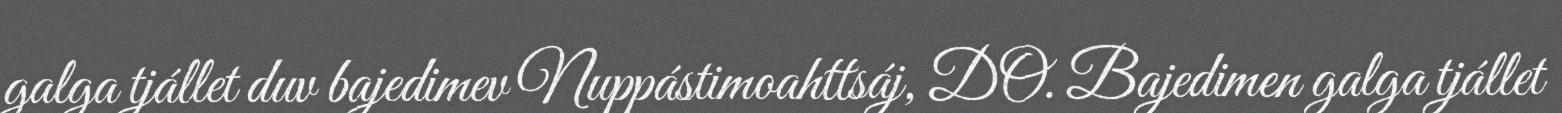
galga tjállet duv bajedimev Nuppástimoahttsáj, DO. Bajedimen galga tjállet